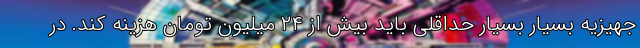
جهیزیه بسیار بسیار حداقلی باید بیش از ۲۴ میلیون تومان هزینه کند. در